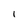
Character: 1